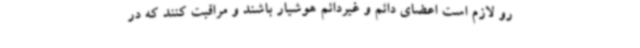
رو لازم است اعضای دائم و غیردائم هوشیار باشند و مراقبت کنند که در